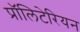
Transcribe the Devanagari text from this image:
प्रॉलिटेरियन